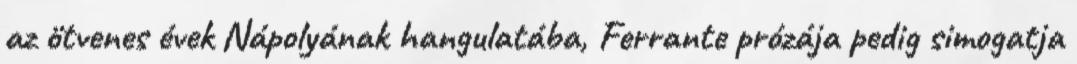
az ötvenes évek Nápolyának hangulatába, Ferrante prózája pedig simogatja